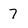
Character: 7